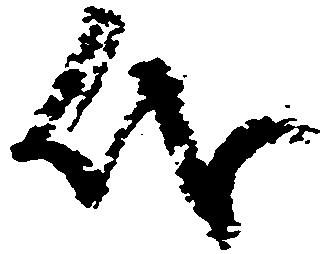
代